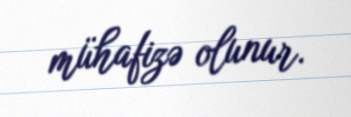
mühafizə olunur.